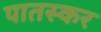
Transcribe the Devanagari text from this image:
पातस्कर